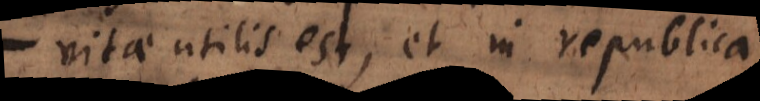
vitae utilis est, et in republica